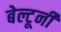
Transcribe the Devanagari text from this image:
बेल्टूर्नी